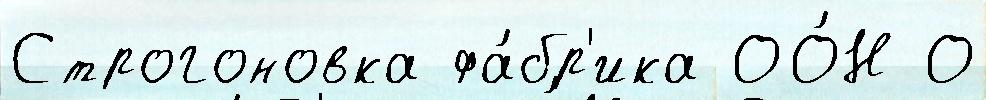
Строгоновка фа́бр'ика ОО́Н О